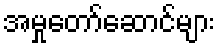
အမှုတော်ဆောင်များ